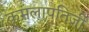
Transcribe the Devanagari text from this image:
कमलापतिजी